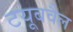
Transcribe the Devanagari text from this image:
टयूबवैल